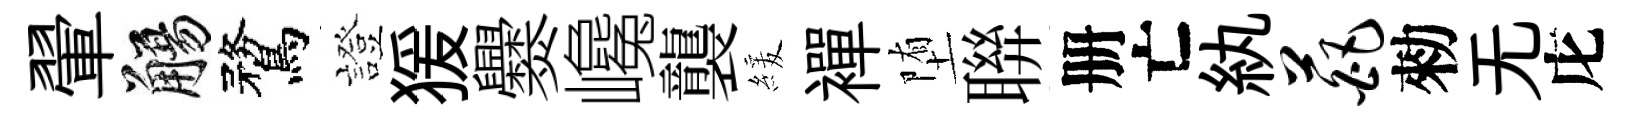
翬觴鶩證猨爨巉襲緩襌堕聨册亡紈葩勑无庀